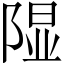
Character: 𫠃